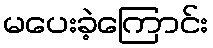
မပေးခဲ့ကြောင်း